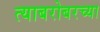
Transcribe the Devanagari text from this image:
त्याबरोबरच्या